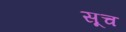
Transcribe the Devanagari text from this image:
सूच